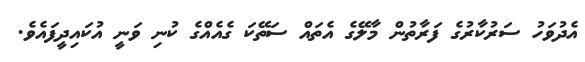
އެދުވަހު ސަރުކާރުގެ ފަރާތުން މާލޭގެ އެތައް ސަތޭކަ ގެއެއްގެ ކުނި ވަނީ އުކައިދީފައެވެ.